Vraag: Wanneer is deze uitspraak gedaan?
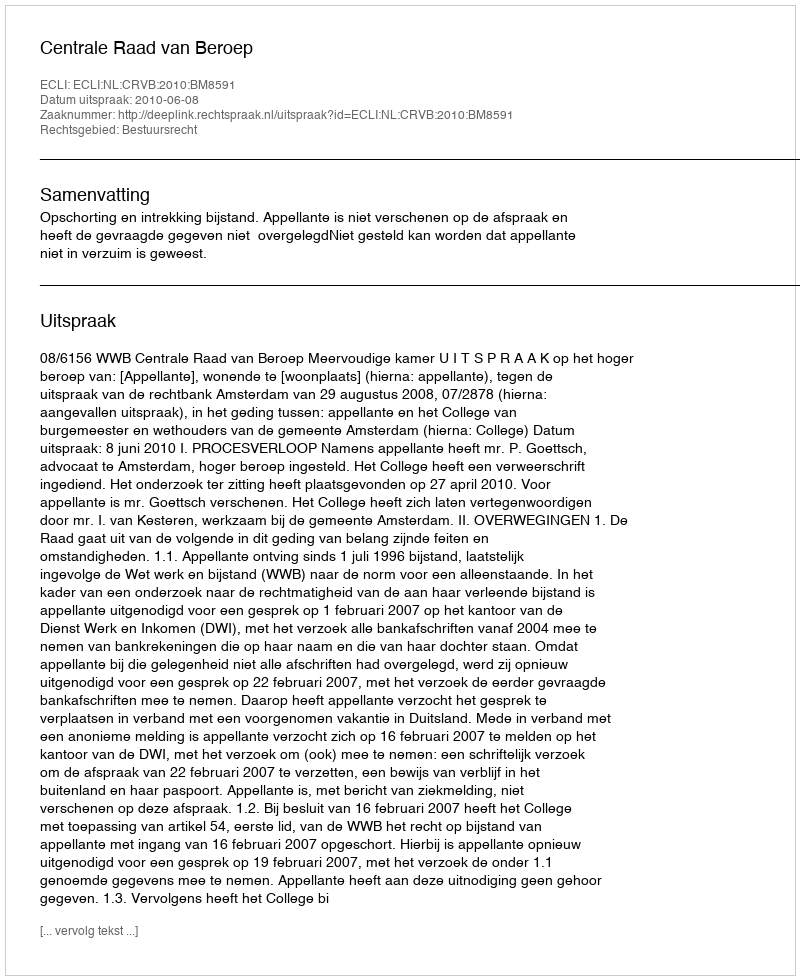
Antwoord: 2010-06-08